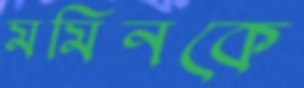
মমিনকে